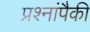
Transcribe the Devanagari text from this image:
प्रश्नांपैकी